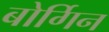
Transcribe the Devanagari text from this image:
बोर्गिन